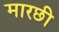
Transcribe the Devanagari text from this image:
मारछी